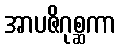
အာပဇိဂုစ္ဆကာ